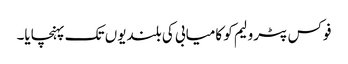
فوکس پٹرولیم کو کامیابی کی بلندیوں تک پہنچایا۔